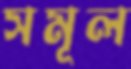
সমূল